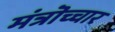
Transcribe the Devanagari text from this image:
मंत्रॊच्चार